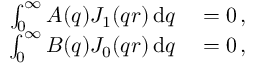
\begin{array} { r l } { \int _ { 0 } ^ { \infty } A ( q ) J _ { 1 } ( q r ) \, \mathrm { d } q } & { { } = 0 \, , } \\ { \int _ { 0 } ^ { \infty } B ( q ) J _ { 0 } ( q r ) \, \mathrm { d } q } & { { } = 0 \, , } \end{array}